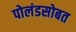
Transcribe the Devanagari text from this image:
पोलंडसोबत